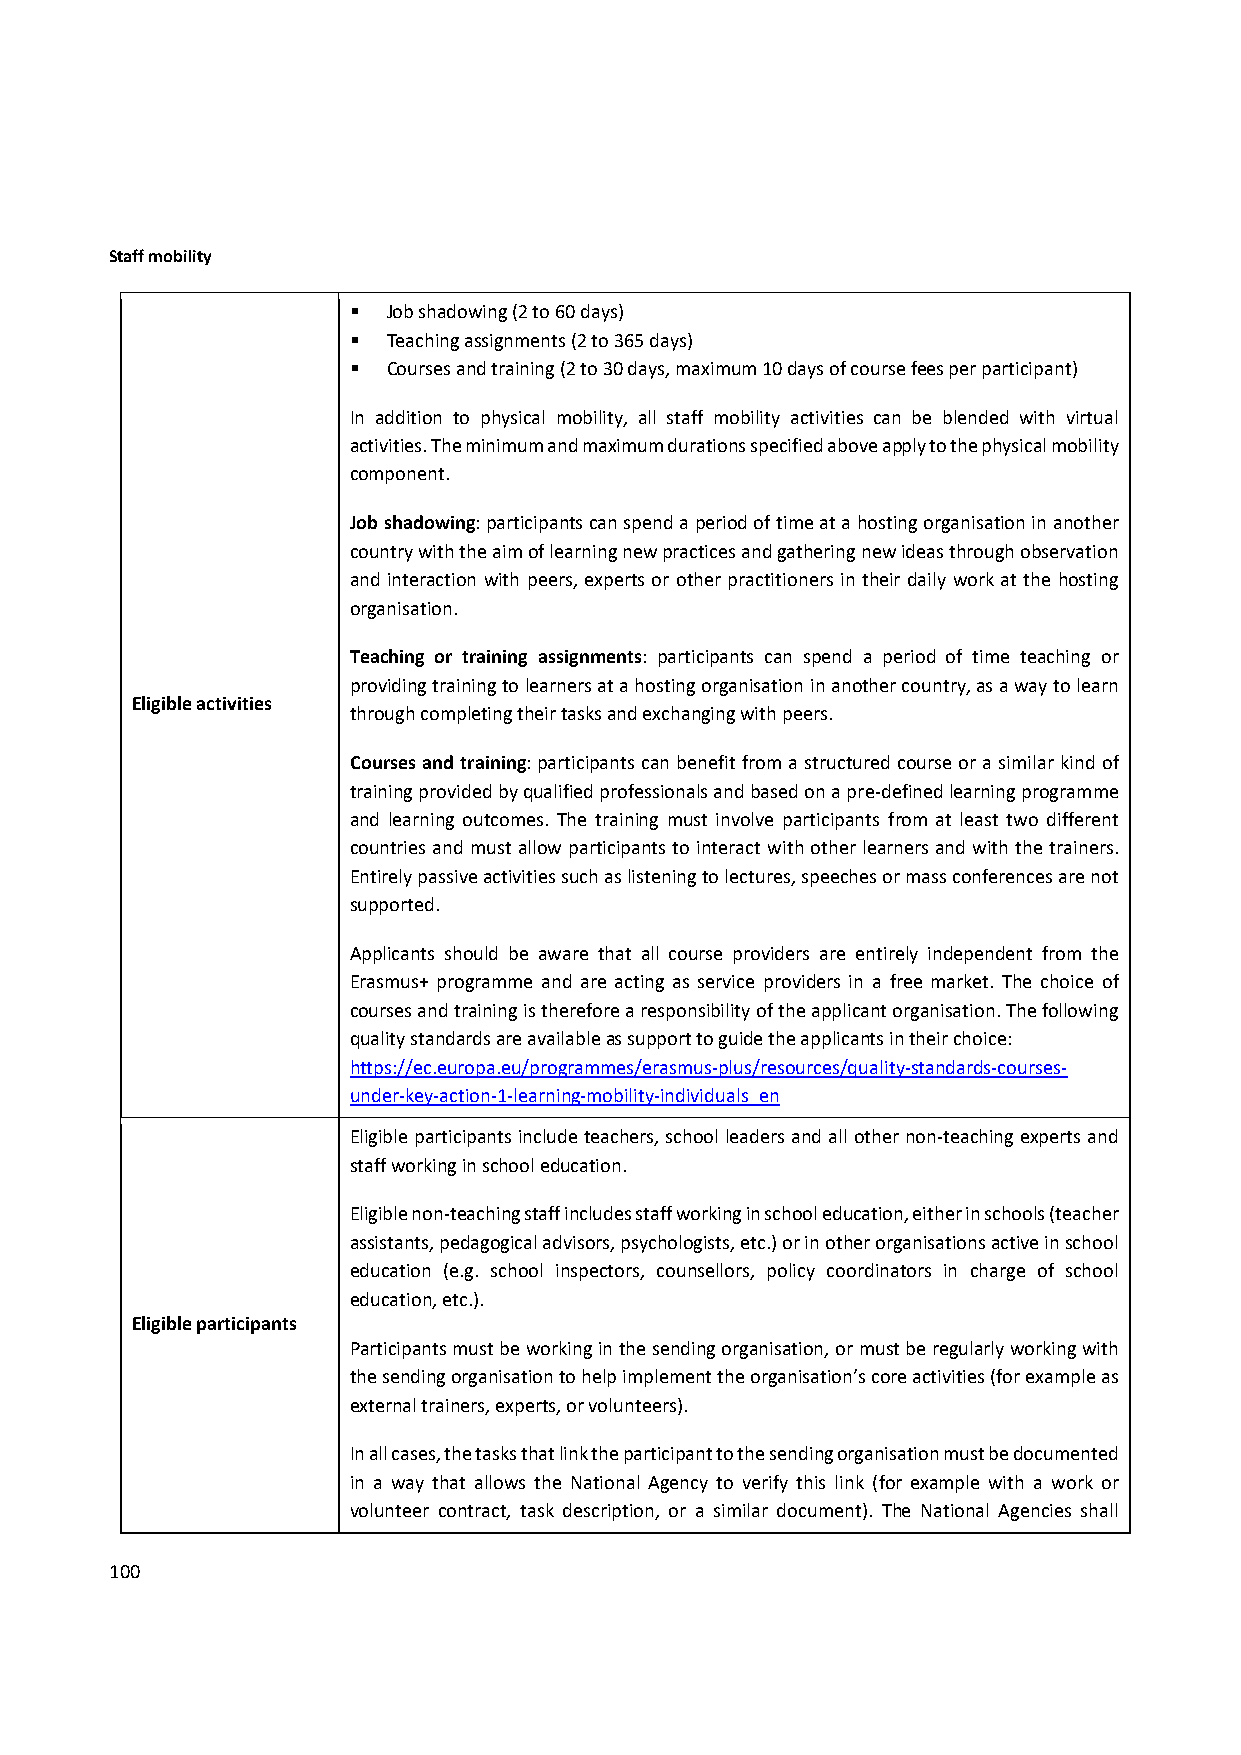
Staff mobility
   Job shadowing (2 to 60 days)
   Teaching assignments (2 to 365 days)
   Courses and training (2 to 30 days, maximum 10 days of course fees per participant)
 In addition to physical mobility, all staff mobility activities can be blended with virtual
 activities. The minimum and maximum durations specified above apply to the physical mobility
 component.
 Job shadowing: participants can spend a period of time at a hosting organisation in another
 country with the aim of learning new practices and gathering new ideas through observation
 and interaction with peers, experts or other practitioners in their daily work at the hosting
 organisation.
 Teaching or training assignments: participants can spend a period of time teaching or
 providing training to learners at a hosting organisation in another country, as a way to learn
 Eligible activities
 through completing their tasks and exchanging with peers.
 Courses and training: participants can benefit from a structured course or a similar kind of
 training provided by qualified professionals and based on a pre‐defined learning programme
 and learning outcomes. The training must involve participants from at least two different
 countries and must allow participants to interact with other learners and with the trainers.
 Entirely passive activities such as listening to lectures, speeches or mass conferences are not
 supported.
 Applicants should be aware that all course providers are entirely independent from the
 Erasmus+ programme and are acting as service providers in a free market. The choice of
 courses and training is therefore a responsibility of the applicant organisation. The following
 quality standards are available as support to guide the applicants in their choice:
 https://ec.europa.eu/programmes/erasmus‐plus/resources/quality‐standards‐courses‐
 under‐key‐action‐1‐learning‐mobility‐individuals_en
 Eligible participants include teachers, school leaders and all other non‐teaching experts and
 staff working in school education.
 Eligible non‐teaching staff includes staff working in school education, either in schools (teacher
 assistants, pedagogical advisors, psychologists, etc.) or in other organisations active in school
 education (e.g. school inspectors, counsellors, policy coordinators in charge of school
 education, etc.).
 Eligible participants
 Participants must be working in the sending organisation, or must be regularly working with
 the sending organisation to help implement the organisation’s core activities (for example as
 external trainers, experts, or volunteers).
 In all cases, the tasks that link the participant to the sending organisation must be documented
 in a way that allows the National Agency to verify this link (for example with a work or
 volunteer contract, task description, or a similar document). The National Agencies shall
 100